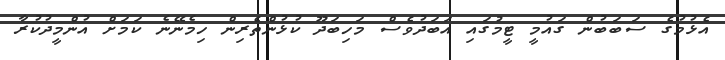
އެޅުމުގެ ސަބަބުން ގައުމީ ޓީމުގައި އަބަދުވެސް މަހިބަދޫ ކުޅުންތެރިން ހިމެނޭނެ ކަމަށް އުންމީދުކުރާ